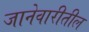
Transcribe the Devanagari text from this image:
जानेवारीतील